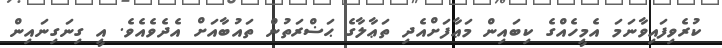
ކުރެވިފައިވާނަމަ އެމީހެއްގެ ކިބައިން މަޢާފަށްއެދި ތަޢާލާގެ ޙަޟްރަތުން ތައުބާއަށް އެދެވެއެވެ. އީ ގިނަގިނައިން